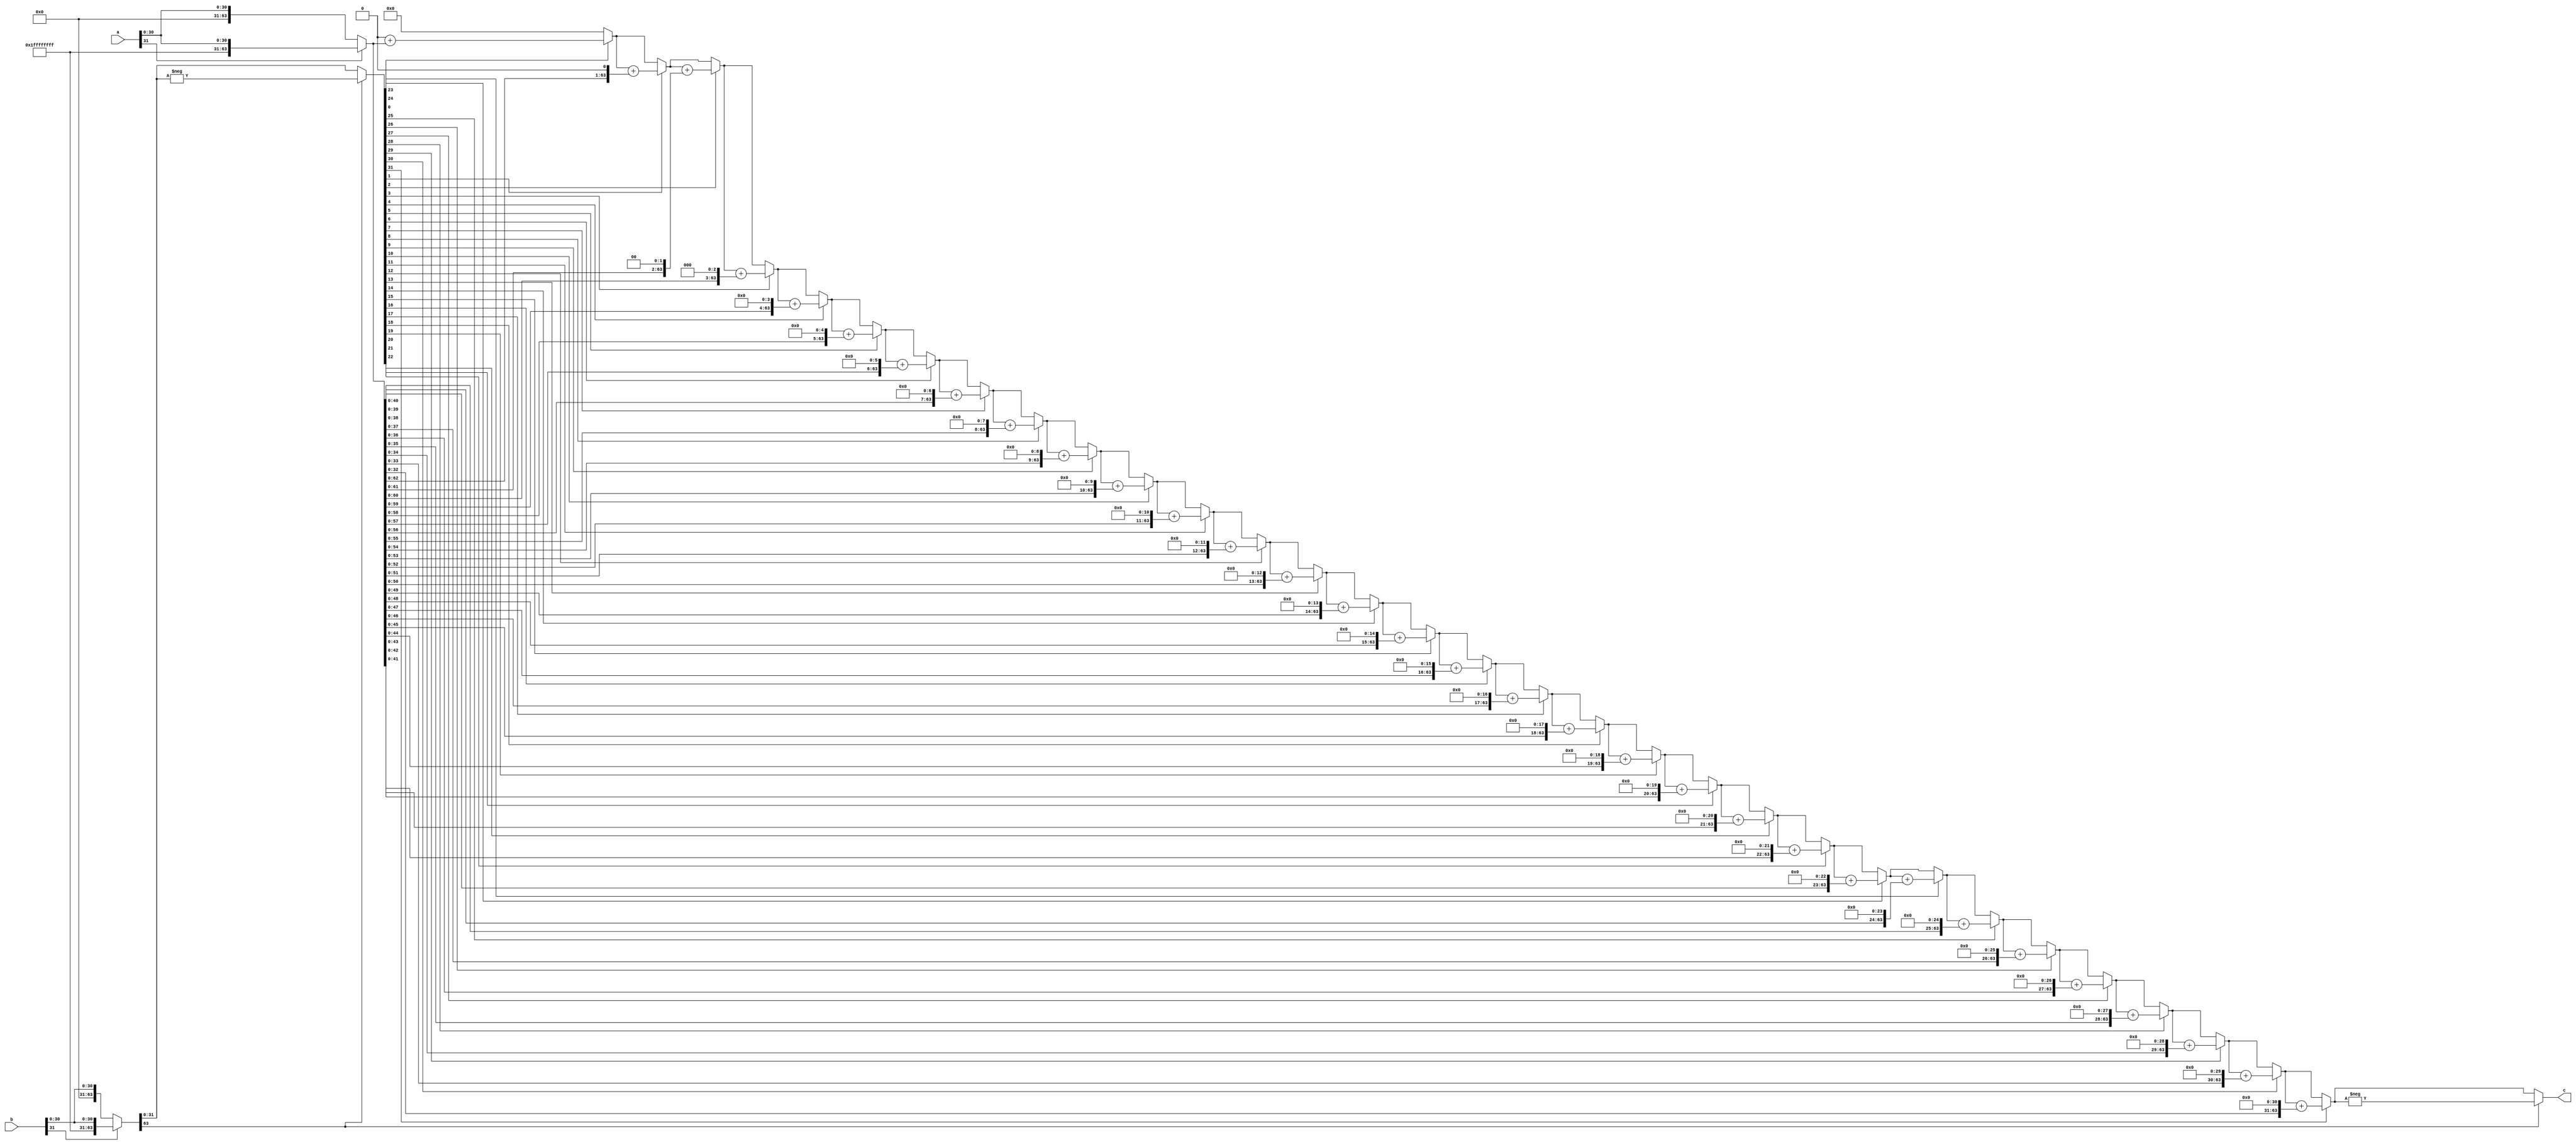
module SequentialMultiplier(
    input wire signed [31:0] a,
    input wire signed [31:0] b,
    output wire signed [63:0] c
);
    wire [31:0] ONES       = 32'b11111111111111111111111111111111;
    wire [31:0] ZEROS      = 32'b00000000000000000000000000000000;
    
    wire [63:0] wA = a[31] ? {ONES,a} : {ZEROS,a}; //sign extend
    wire [63:0] BB = b[31] ? {ONES,b} : {ZEROS,b}; //sign extend
    wire [63:0] wB = BB[63] ? -BB : BB;
    
    wire [63:0] S [32:0];
    assign S[0] = 64'b0;
    assign c    = BB[63] ? -S[32] : S[32];
    
    genvar i;
    generate
        for (i = 0;i < 32;i = i + 1) begin
            assign S[i + 1] = wB[i] == 1'b0 ? S[i] : (S[i] + (wA << i)); 
        end
    endgenerate

endmodule